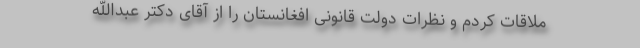
ملاقات کردم و نظرات دولت قانونی افغانستان را از آقای دکتر عبدالله